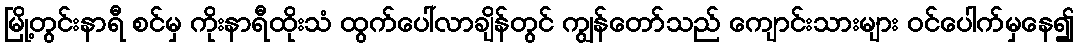
မြို့တွင်းနာရီ စင်မှ ကိုးနာရီထိုးသံ ထွက်ပေါ်လာချိန်တွင် ကျွန်တော်သည် ကျောင်းသားများ ဝင်ပေါက်မှနေ၍